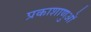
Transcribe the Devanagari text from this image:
प्रकाशाणुओं